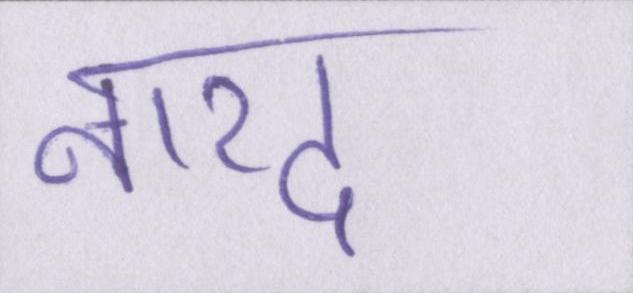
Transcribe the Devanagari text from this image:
नारद